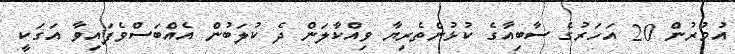
އުމުރުން 20 އަހަރުގެ ސާބިއާގެ ކުޅުންތެރިޔާ ވިއްކާލަން ދެ ކުލަބުން އެއްބަސްވެފައިވާ އަގަކީ